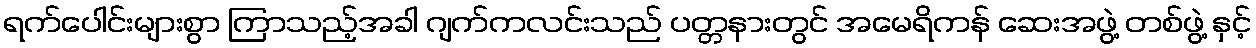
ရက်ပေါင်းများစွာ ကြာသည့်အခါ ဂျက်ကလင်းသည် ပတ္တနားတွင် အမေရိကန် ဆေးအဖွဲ့ တစ်ဖွဲ့ နှင့်